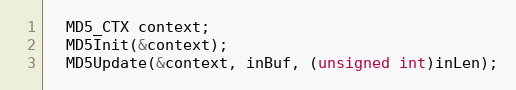
Language: C
  MD5_CTX context;
  MD5Init(&context);
  MD5Update(&context, inBuf, (unsigned int)inLen);